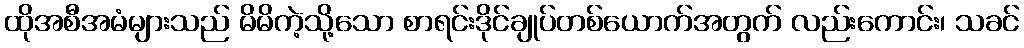
ထိုအစီအမံများသည် မိမိကဲ့သို့သော စာရင်းဒိုင်ချုပ်တစ်ယောက်အတွက် လည်းကောင်း၊ သခင်